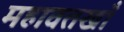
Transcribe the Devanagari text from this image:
महावतखाँ